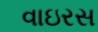
વાઇરસ